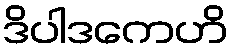
ဒိပါဒကေဟိ